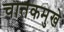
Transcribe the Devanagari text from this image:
चातकमुखे